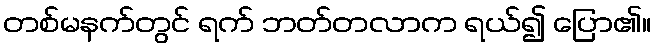
တစ်မနက်တွင် ရက် ဘတ်တလာက ရယ်၍ ပြော၏။